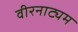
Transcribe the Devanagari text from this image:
वीरनाट्यम